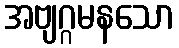
အဗျဂ္ဂမနသော